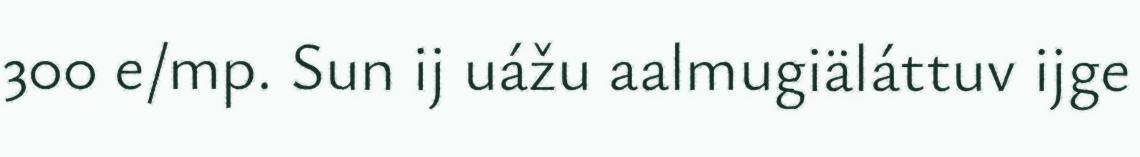
300 e/mp. Sun ij uážu aalmugiäláttuv ijge